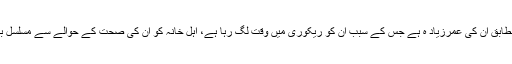
اسپتال انتظامیہ کے مطابق ان کی عمرزیاد ہ ہے جس کے سبب ان کو ریکوری میں وقت لگ رہا ہے، اہل خانہ کو ان کی صحت کے حوالے سے مسلسل باخبر رکھا جارہا ہے۔